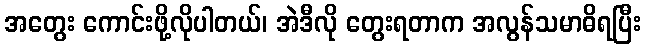
အတွေး ကောင်းဖို့လိုပါတယ်၊ အဲဒီလို တွေးရတာက အလွန်သမာဓိရပြီး